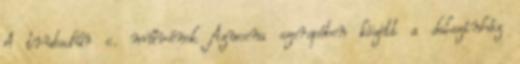
A trubadúr c. művének Azucena szerepében között a dalszínház